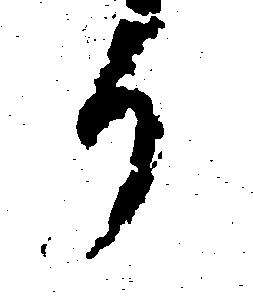
か